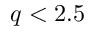
q < 2 . 5